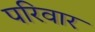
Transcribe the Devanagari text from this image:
परिवार